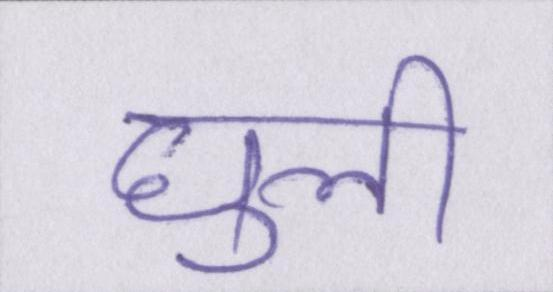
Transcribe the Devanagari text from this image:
घुली